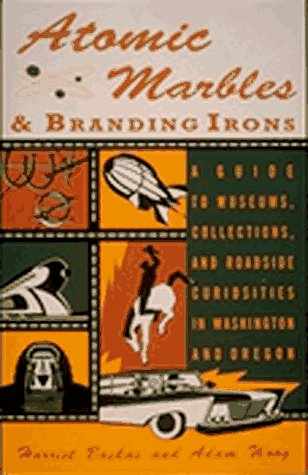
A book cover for Atomic Marbles and Branding Irons: Museums, Collections, and Curiosities in Washington and Oregon; Harriet Baskas; Crafts, Hobbies & Home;